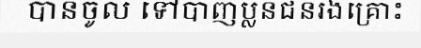
បានចូល ទៅបាញ់ប្លន់ជនរងគ្រោះ